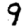
Digit: 9